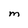
Character: M